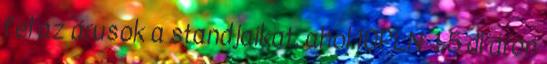
fel az árusok a standjaikat, ahol 10PLN 1,5 dl áron